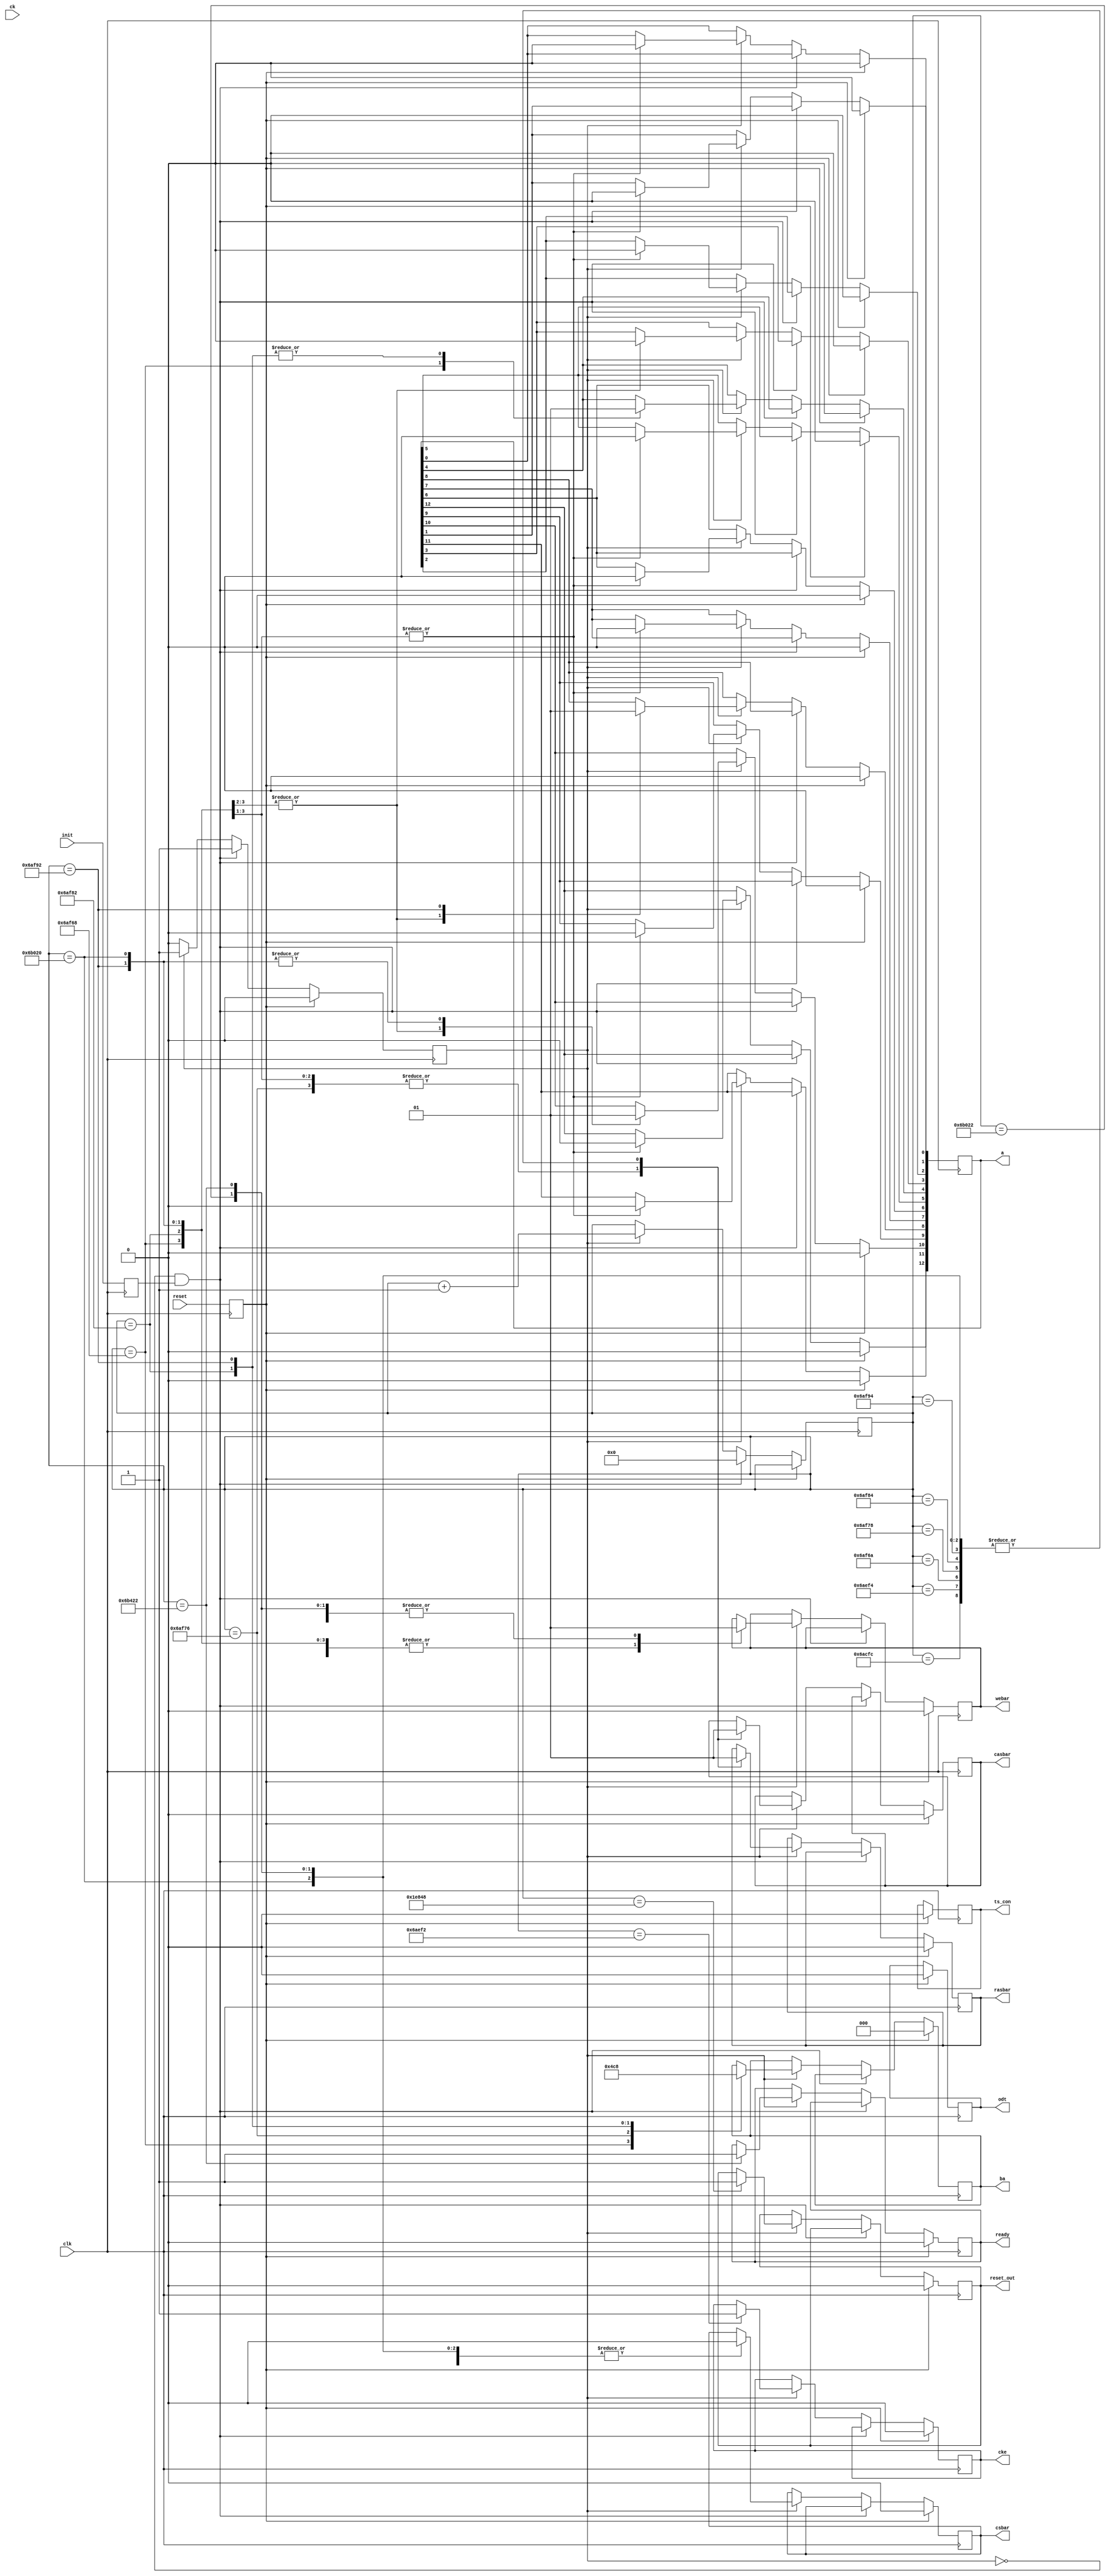
// Define Counter Values by setting the counter value for each stage in the INIT process
// There is a NOP command issued 1 DDR clock cycle after most commands
// More information about each stage is in the Verilog code below

`define S_RESET	19'd125000 // Send NOP with CKE low
`define S_NOP1	19'd437500// Send NOP with CKE low
`define S_CKE	19'd438002 // Set CKE High
`define S_NOP1a	19'd438004
`define S_PRE1	19'd438120 // txpr and MR2
`define S_NOP2	19'd438122 // NOP after MR2
`define S_EMRS2	19'd438134 // tMRD Set MR3
`define S_NOP3 	19'd438136// NOP after MR3
`define S_EMRS3	19'd438146 // Set MR1
`define S_NOP4	19'd438148 // NOP after MR1
`define S_DLL	19'd438162 // Set MR0
`define S_NOP5	19'd438164 // NOP after MR0
`define S_DLLR	19'd438304 // tMOD for ZQ Cali
`define S_NOP6	19'd438306 // NOP after Calibration
`define S_DONE	19'd439330 // Memory is ready
//`define MR0		19'd439502
//`define NOP		19'd439504
//`define MR1		19'd439518
//`define NOP1	19'd439520
/////////////////////////////////////////////////////////


module ddr3_init_engine(
   // Outputs
   ready, csbar, rasbar, casbar, webar, ba, a, odt, ts_con, cke,
   // Inputs
   clk, reset, init, ck, reset_out
   );


input clk, reset, init, ck;
output ready, csbar, rasbar, casbar, webar, odt, ts_con, cke, reset_out;
output [2:0] ba;
output [12:0] a;

reg ready;
reg reset_out;
reg cke;
reg csbar;
reg rasbar;
reg casbar;
reg webar;
reg [2:0] ba;
reg [12:0] a;
reg odt;
reg ts_con;
reg INIT, RESET;
   
reg [18:0]  counter;
integer counter1;
reg flag;

always @(posedge clk)
begin
	INIT <= init;
	RESET <= reset;

	if (RESET==1)
	begin
		flag <= 0;
		cke <= 0;
		odt <= 0;
		a <= 0;
		ba <= 0;
		ts_con <= 0; //tr-state the DQ/DQS lines
		csbar <= 0;
		rasbar <= 0;
                casbar <= 0;
		webar <= 0;
		ready <= 0;
		reset_out <= 0;
	end
	else if (flag == 0 && INIT == 1)
	begin
		// On INIT signal, set a flag to start the initialization routine and clear the counter
		flag <= 1;
		counter <= 0;
		counter1 <= 0;
	end
	else if (flag == 1)
	begin
		

			counter <= counter + 1;
		
			
			
		case (counter)
		// Use a case statement to match counter values to specific commands issued to the DDR2 chip
		// TASK: Fill in the correct counter values in the definitions at the beginning of the file
		// and fill in any missing signal values to set up the DDR2 chip correctly in the following code
	
	
			`S_RESET:	reset_out <= 1'b1;
		// INIT Waits for 500 microseconds
        	`S_NOP1:  begin
			{csbar, rasbar, casbar, webar} <= 4'b0111; // NOP command
			end
	        `S_CKE:  begin // Enable CKE high
			cke <= 1'b1;
			
			end
			`S_NOP1a: {csbar, rasbar, casbar, webar} <= 4'b0111;
	// ----------------------------------------------------------
        //Set MR2
        // ----------------------------------------------------------
        // Wait for minimum of txpr then issue precharge all command.
		
		`S_PRE1: begin 
			{csbar, rasbar, casbar, webar} <= 4'b0000; 
			ba <= 3'b010;
			a <=0;
			a[5:3] <= 3'b000;
			a[10:9]<= 2'b00;
			a[7:6] <= 2'b00;
			
			end
		`S_NOP2: {csbar, rasbar, casbar, webar} <= 4'b0111; // NOP command

        // ----------------------------------------------------------
        // Set MR3
        // ----------------------------------------------------------
        // EMRS(2) is reserved for future use and all bits except
        // BA0 and BA1 must be programmed to 0 when setting
        // the mode register during initialization.

        	`S_EMRS2: begin
                	{csbar, rasbar, casbar, webar} <=  4'b0000; // EMRS command
                	ba <= 3'b011;
					
	                end
                `S_NOP3: {csbar, rasbar, casbar, webar} <= 4'b0111; // NOP command

        // ----------------------------------------------------------
        // Set MR1
        // ----------------------------------------------------------
        // EMRS(3) is reserved for future use and all bits except
        // BA0 and BA1 must be programmed to 1 when setting
        // the mode register during initialization.

	        `S_EMRS3: begin
        	        {csbar, rasbar, casbar, webar} <= 4'b0000; // EMRS command 
        	        ba <= 3'b001;
					a[0] <= 0;
					a[1] <= 0;
					a[2] <= 0;
					a[6] <= 0;
					a[5:3] <=3'b010;
					a[12:7] <= 7'd0;
					a[4:3] <= 2'b10;
					
	                end
                `S_NOP4: {csbar, rasbar, casbar, webar} <= 4'b0111; // NOP command

        // ----------------------------------------------------------
        // MR0
        // ----------------------------------------------------------
        // Issue EMRS to enable DLL. (To issue "DLL Enable" command,
        //  provide "Low" to A0, "High" to BA0 and "Low" to BA1 and A12.)
        // Rest of the values are set to desired values too (else it throws errors)

	        `S_DLL: begin
        	        {csbar, rasbar, casbar, webar} <= 4'b0000; // EMRS command
        	       ba <= 3'b000; // Address of EMRS1
				   a[2:0] <= 3'b000;
				   a[6:4] <= 3'b001;
				   a[7] <= 0;
				   a[8] <= 1;
				   a[11:9] <= 3'b010;
				   a[12]<= 0;
	                end
                `S_NOP5: {csbar, rasbar, casbar, webar} <= 4'b0111 ; // NOP command

        // ----------------------------------------------------------
        // ZQ Calibration
        // ----------------------------------------------------------
        // Issue a Mode Register Set command for DLL reset
        // (To issue DLL reset command, provide "High" to A8 and "Low" to BA0-1).

	        `S_DLLR: begin
        	        {csbar, rasbar, casbar, webar} <= 4'b0110 ; // EMRS command 
					a[10] <= 1; // Fast Exit
					$display("state:ZQCL\n");
	                end
                `S_NOP6: {csbar, rasbar, casbar, webar} <= 4'b0111; // NOP command

      //  // ----------------------------------------------------------
     // DDR3 Setup Done!
     // ----------------------------------------------------------
     	`S_DONE: begin
	             {csbar, rasbar, casbar, webar} <= 4'b0111; // Finally done - Just send NOPs
				ready <= 1; // done
     	        end
	//	`MR0:
	//		begin
	//			{csbar, rasbar,casbar,webar} <= 4'b0000; 
	//			ba <= 3'b000;
	//			a[2:0] <= 3'b000;
	//			a[6:4] <= 3'b001;
	//			a[7] <= 0;
	//			a[1:0] <= 2'b01;
	//		end
	//	`NOP: 
	//			{csbar, rasbar,casbar,webar} <= 4'b0111;
	//	`MR1:
	//		begin
	//			{csbar, rasbar,casbar,webar} <= 4'b0000;
	//			ba <= 3'b001;
	//			a[4:3] <= 2'b01;
	//		end
	//	`NOP1: 
	//		begin
	//			{csbar, rasbar,casbar,webar} <= 4'b0111;	
	//			ready <= 1;
	//		end
	default: begin
		flag <= 1;
             end
	endcase
	end
end

endmodule